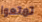
تمتعوا